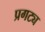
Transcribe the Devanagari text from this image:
प्रगट्य